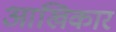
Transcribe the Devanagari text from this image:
आखिकार